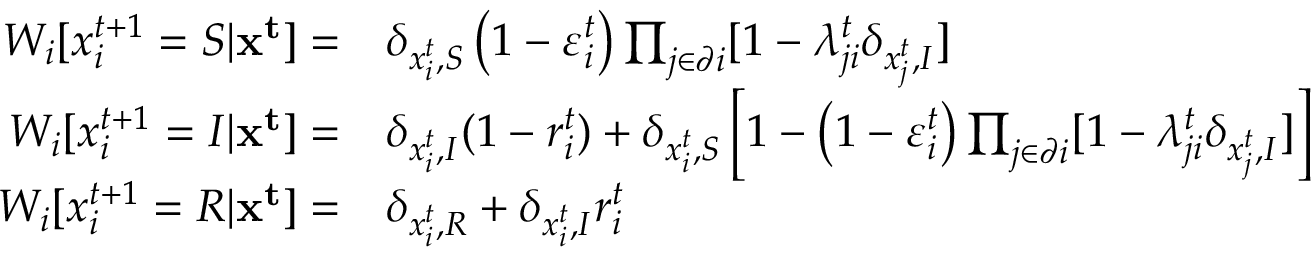
\begin{array} { r l } { W _ { i } [ x _ { i } ^ { t + 1 } = S | \mathbf { x ^ { t } } ] = } & { { } \delta _ { x _ { i } ^ { t } , S } \left( 1 - \varepsilon _ { i } ^ { t } \right) \prod _ { j \in \partial i } [ 1 - \lambda _ { j i } ^ { t } \delta _ { x _ { j } ^ { t } , I } ] } \\ { W _ { i } [ x _ { i } ^ { t + 1 } = I | \mathbf { x ^ { t } } ] = } & { { } \delta _ { x _ { i } ^ { t } , I } ( 1 - r _ { i } ^ { t } ) + \delta _ { x _ { i } ^ { t } , S } \left[ 1 - \left( 1 - \varepsilon _ { i } ^ { t } \right) \prod _ { j \in \partial i } [ 1 - \lambda _ { j i } ^ { t } \delta _ { x _ { j } ^ { t } , I } ] \right] } \\ { W _ { i } [ x _ { i } ^ { t + 1 } = R | \mathbf { x ^ { t } } ] = } & { { } \delta _ { x _ { i } ^ { t } , R } + \delta _ { x _ { i } ^ { t } , I } r _ { i } ^ { t } } \end{array}